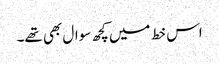
اس خط میں کچھ سوال بھی تھے۔